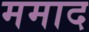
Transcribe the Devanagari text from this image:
ममाद